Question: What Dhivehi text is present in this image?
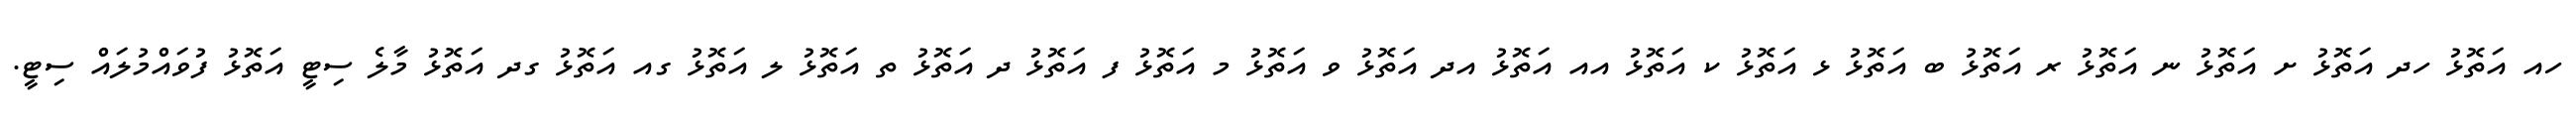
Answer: ހއ އަތޮޅު ހދ އަތޮޅު ށ އަތޮޅު ނ އަތޮޅު ރ އަތޮޅު ބ އަތޮޅު ޅ އަތޮޅު ކ އަތޮޅު އއ އަތޮޅު އދ އަތޮޅު ވ އަތޮޅު މ އަތޮޅު ފ އަތޮޅު ދ އަތޮޅު ތ އަތޮޅު ލ އަތޮޅު ގއ އަތޮޅު ގދ އަތޮޅު މާލެ ސިޓީ އަތޮޅު ފުވައްމުލައް ސިޓީ.